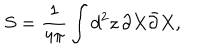
S = \frac { 1 } { 4 \pi } \int d ^ { 2 } z \, \partial X \bar { \partial } X ,